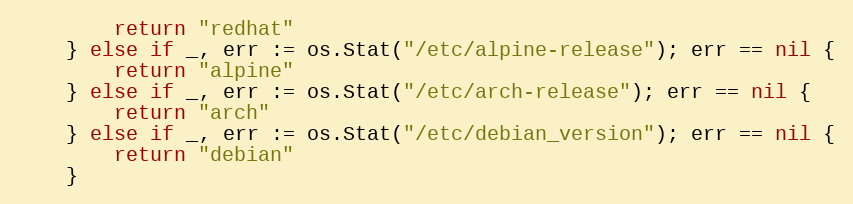
Language: Go
		return "redhat"
	} else if _, err := os.Stat("/etc/alpine-release"); err == nil {
		return "alpine"
	} else if _, err := os.Stat("/etc/arch-release"); err == nil {
		return "arch"
	} else if _, err := os.Stat("/etc/debian_version"); err == nil {
		return "debian"
	}